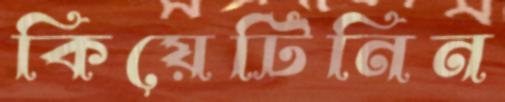
কিয়েটিনিন